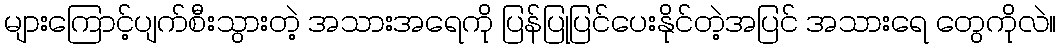
များကြောင့်ပျက်စီးသွားတဲ့ အသားအရေကို ပြန်ပြုပြင်ပေးနိုင်တဲ့အပြင် အသားရေ တွေကိုလဲ။